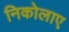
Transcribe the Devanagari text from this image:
निकोलाए